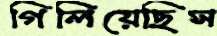
গিলিয়েছিস